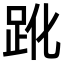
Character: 𧿕